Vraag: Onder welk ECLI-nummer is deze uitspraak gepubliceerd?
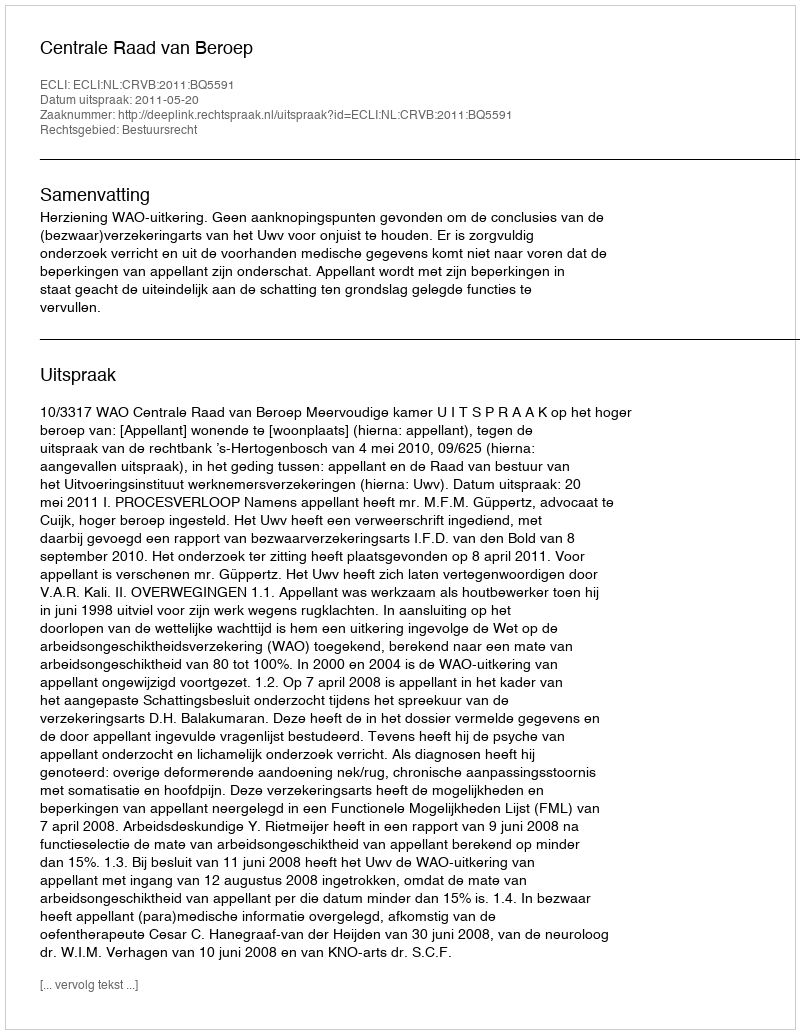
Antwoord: ECLI:NL:CRVB:2011:BQ5591